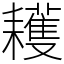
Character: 耯